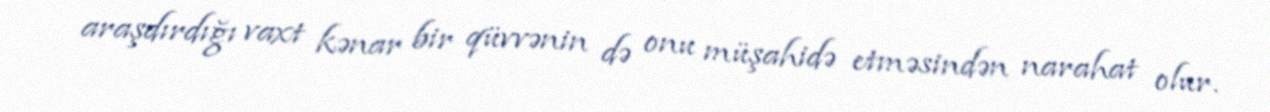
araşdırdığı vaxt kənar bir qüvvənin də onu müşahidə etməsindən narahat olur.